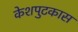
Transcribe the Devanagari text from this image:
केशपुटकास